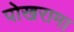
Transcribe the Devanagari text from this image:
पोखरामा